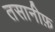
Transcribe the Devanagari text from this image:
तसानीफ़